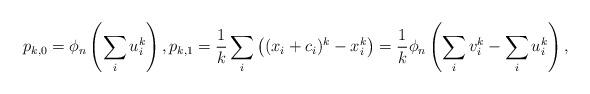
LaTeX: \begin{align*}p_{k,0} = \phi_n\left(\sum_{i} u_i^k\right),p_{k,1} = \frac{1}{k}\sum_i \left( (x_i+c_i)^k - x_i^k \right) = \frac{1}{k}\phi_n\left( \sum_{i} v_i^k - \sum_{i} u_i^k \right),\end{align*}